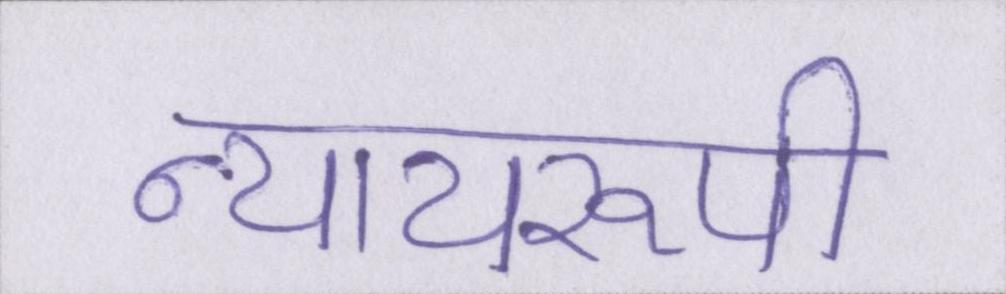
न्यायरूपी